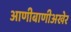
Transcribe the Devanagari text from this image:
आणीबाणीअखेर